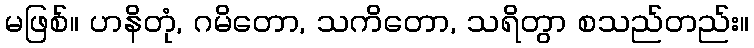
မဖြစ်။ ဟနိတုံ, ဂမိတော, သကိတော, သရိတွာ စသည်တည်း။